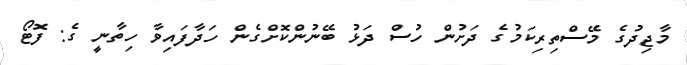
މާޖިދުގެ މޭސްތިރިކަމުގެ ދަށުން ހުސް ދަޅު ބޭނުންކޮށްގެން ހަދާފައިވާ ހިތާނީ ގެ: ފޮޓޯ